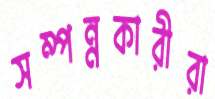
সম্পন্নকারীরা